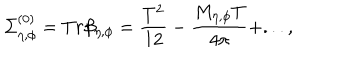
\Sigma _ { \eta , \phi } ^ { ( 0 ) } = T r \beta _ { \eta , \phi } = \frac { T ^ { 2 } } { 1 2 } - \frac { M _ { \eta , \phi } T } { 4 \pi } + . . . ,